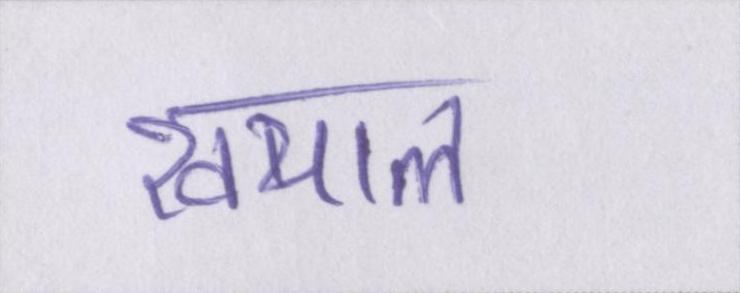
खयाल